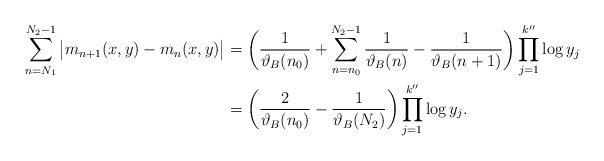
LaTeX: \begin{align*}\sum_{n = N_1}^{N_2-1} \big| m_{n+1}(x, y) - m_n(x, y) \big|&=\bigg(\frac{1}{\vartheta_B(n_0)} + \sum_{n = n_0}^{N_2-1} \frac{1}{\vartheta_B(n)} - \frac{1}{\vartheta_B(n+1)}\bigg) \prod_{j = 1}^{k''} \log y_j \\&=\bigg(\frac{2}{\vartheta_B(n_0)} - \frac{1}{\vartheta_B(N_2)} \bigg) \prod_{j = 1}^{k''} \log y_j.\end{align*}